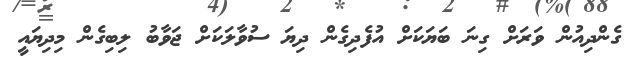
ގެންދިއުން ވަރަށް ގިނަ ބަޔަކަށް އުފެދިގެން ދިޔަ ސުވާލަކަށް ޖަވާބު ލިބިގެން މިދިޔައީ